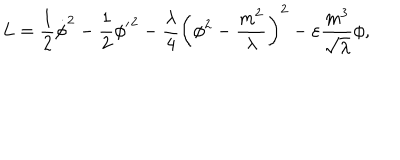
L = \frac { 1 } { 2 } { \dot { \phi } } ^ { 2 } - \frac { 1 } { 2 } { { \phi } ^ { \prime } } ^ { 2 } - \frac { \lambda } { 4 } \left( \phi ^ { 2 } - \frac { m ^ { 2 } } { \lambda } \right) ^ { 2 } - \varepsilon \frac { m ^ { 3 } } { \sqrt \lambda } \phi ,